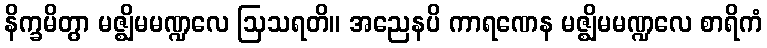
နိက္ခမိတွာ မဇ္ဈိမမဏ္ဍလေ ဩသရတိ။ အညေနပိ ကာရဏေန မဇ္ဈိမမဏ္ဍလေ စာရိကံ